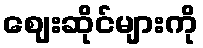
ဈေးဆိုင်များကို